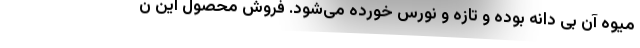
میوه آن بی دانه بوده و تازه و نورس خورده می‌شود. فروش محصول این ن